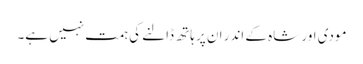
مودی اور شاہ کے اندر ان پر ہاتھ ڈالنے کی ہمت نہیں ہے۔